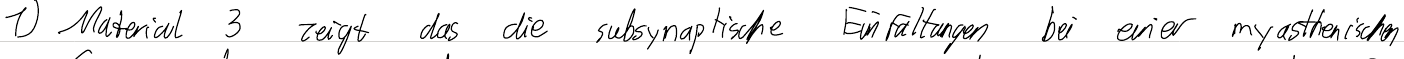
1) Material 3 zeigt das die subsynaptische Einfaltungen bei einer myasthenischen